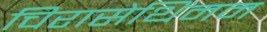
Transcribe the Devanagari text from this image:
चिरासेथिंमम